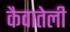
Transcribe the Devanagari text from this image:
कैवातेली